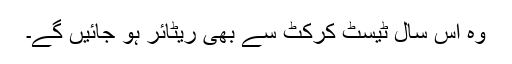
وہ اس سال ٹیسٹ کرکٹ سے بھی ریٹائر ہو جائیں گے۔